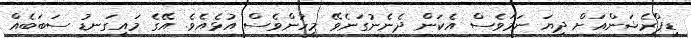
ޑިޕްރެޝަންއަށް ދިޔަ ނަމަވެސް އެކަން ދެނެނުގަނެވޭ މީހުންވެސް އުޅެއެވެ. އޭގެ މައިގަނޑު ސަބަބެއް